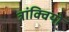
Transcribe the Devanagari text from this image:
त्रांक्वियो